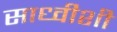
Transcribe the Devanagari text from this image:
साध्वीशी